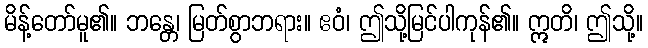
မိန့်တော်မူ၏။ ဘန္တေ၊ မြတ်စွာဘရား။ ဧဝံ၊ ဤသို့မြင်ပါကုန်၏။ ဣတိ၊ ဤသို့။